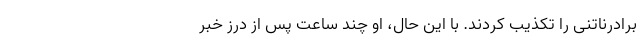
برادرناتنی را تکذیب کردند. با این حال، او چند ساعت پس از درز خبر